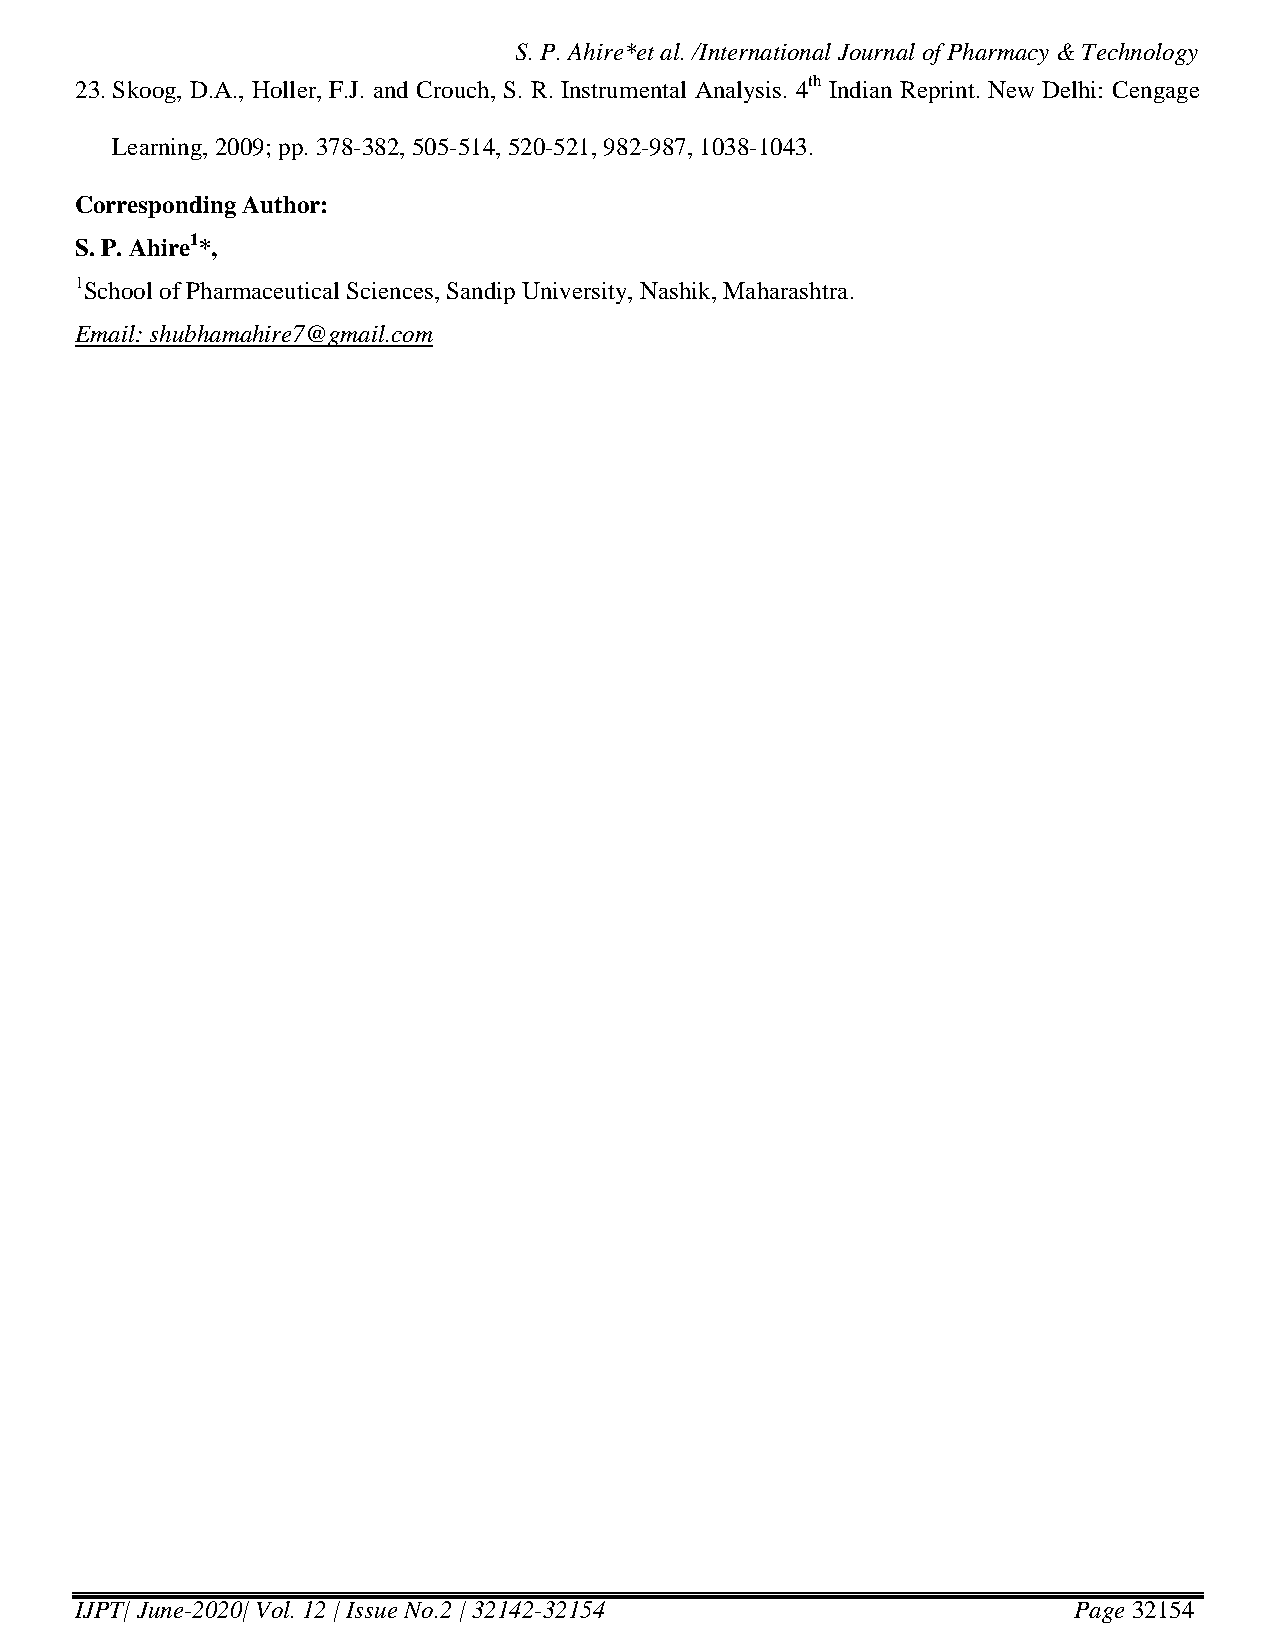
S. P. Ahire*et al. /International Journal of Pharmacy & Technology
 23. Skoog, D.A., Holler, F.J. and Crouch, S. R. Instrumental Analysis. 4th Indian Reprint. New Delhi: Cengage
 Learning, 2009; pp. 378-382, 505-514, 520-521, 982-987, 1038-1043.
 Corresponding Author:
 S. P. Ahire1*,
 1School of Pharmaceutical Sciences, Sandip University, Nashik, Maharashtra.
 Email: shubhamahire7@gmail.com
 IJPT| June-2020| Vol. 12 | Issue No.2 | 32142-32154               Page 32154